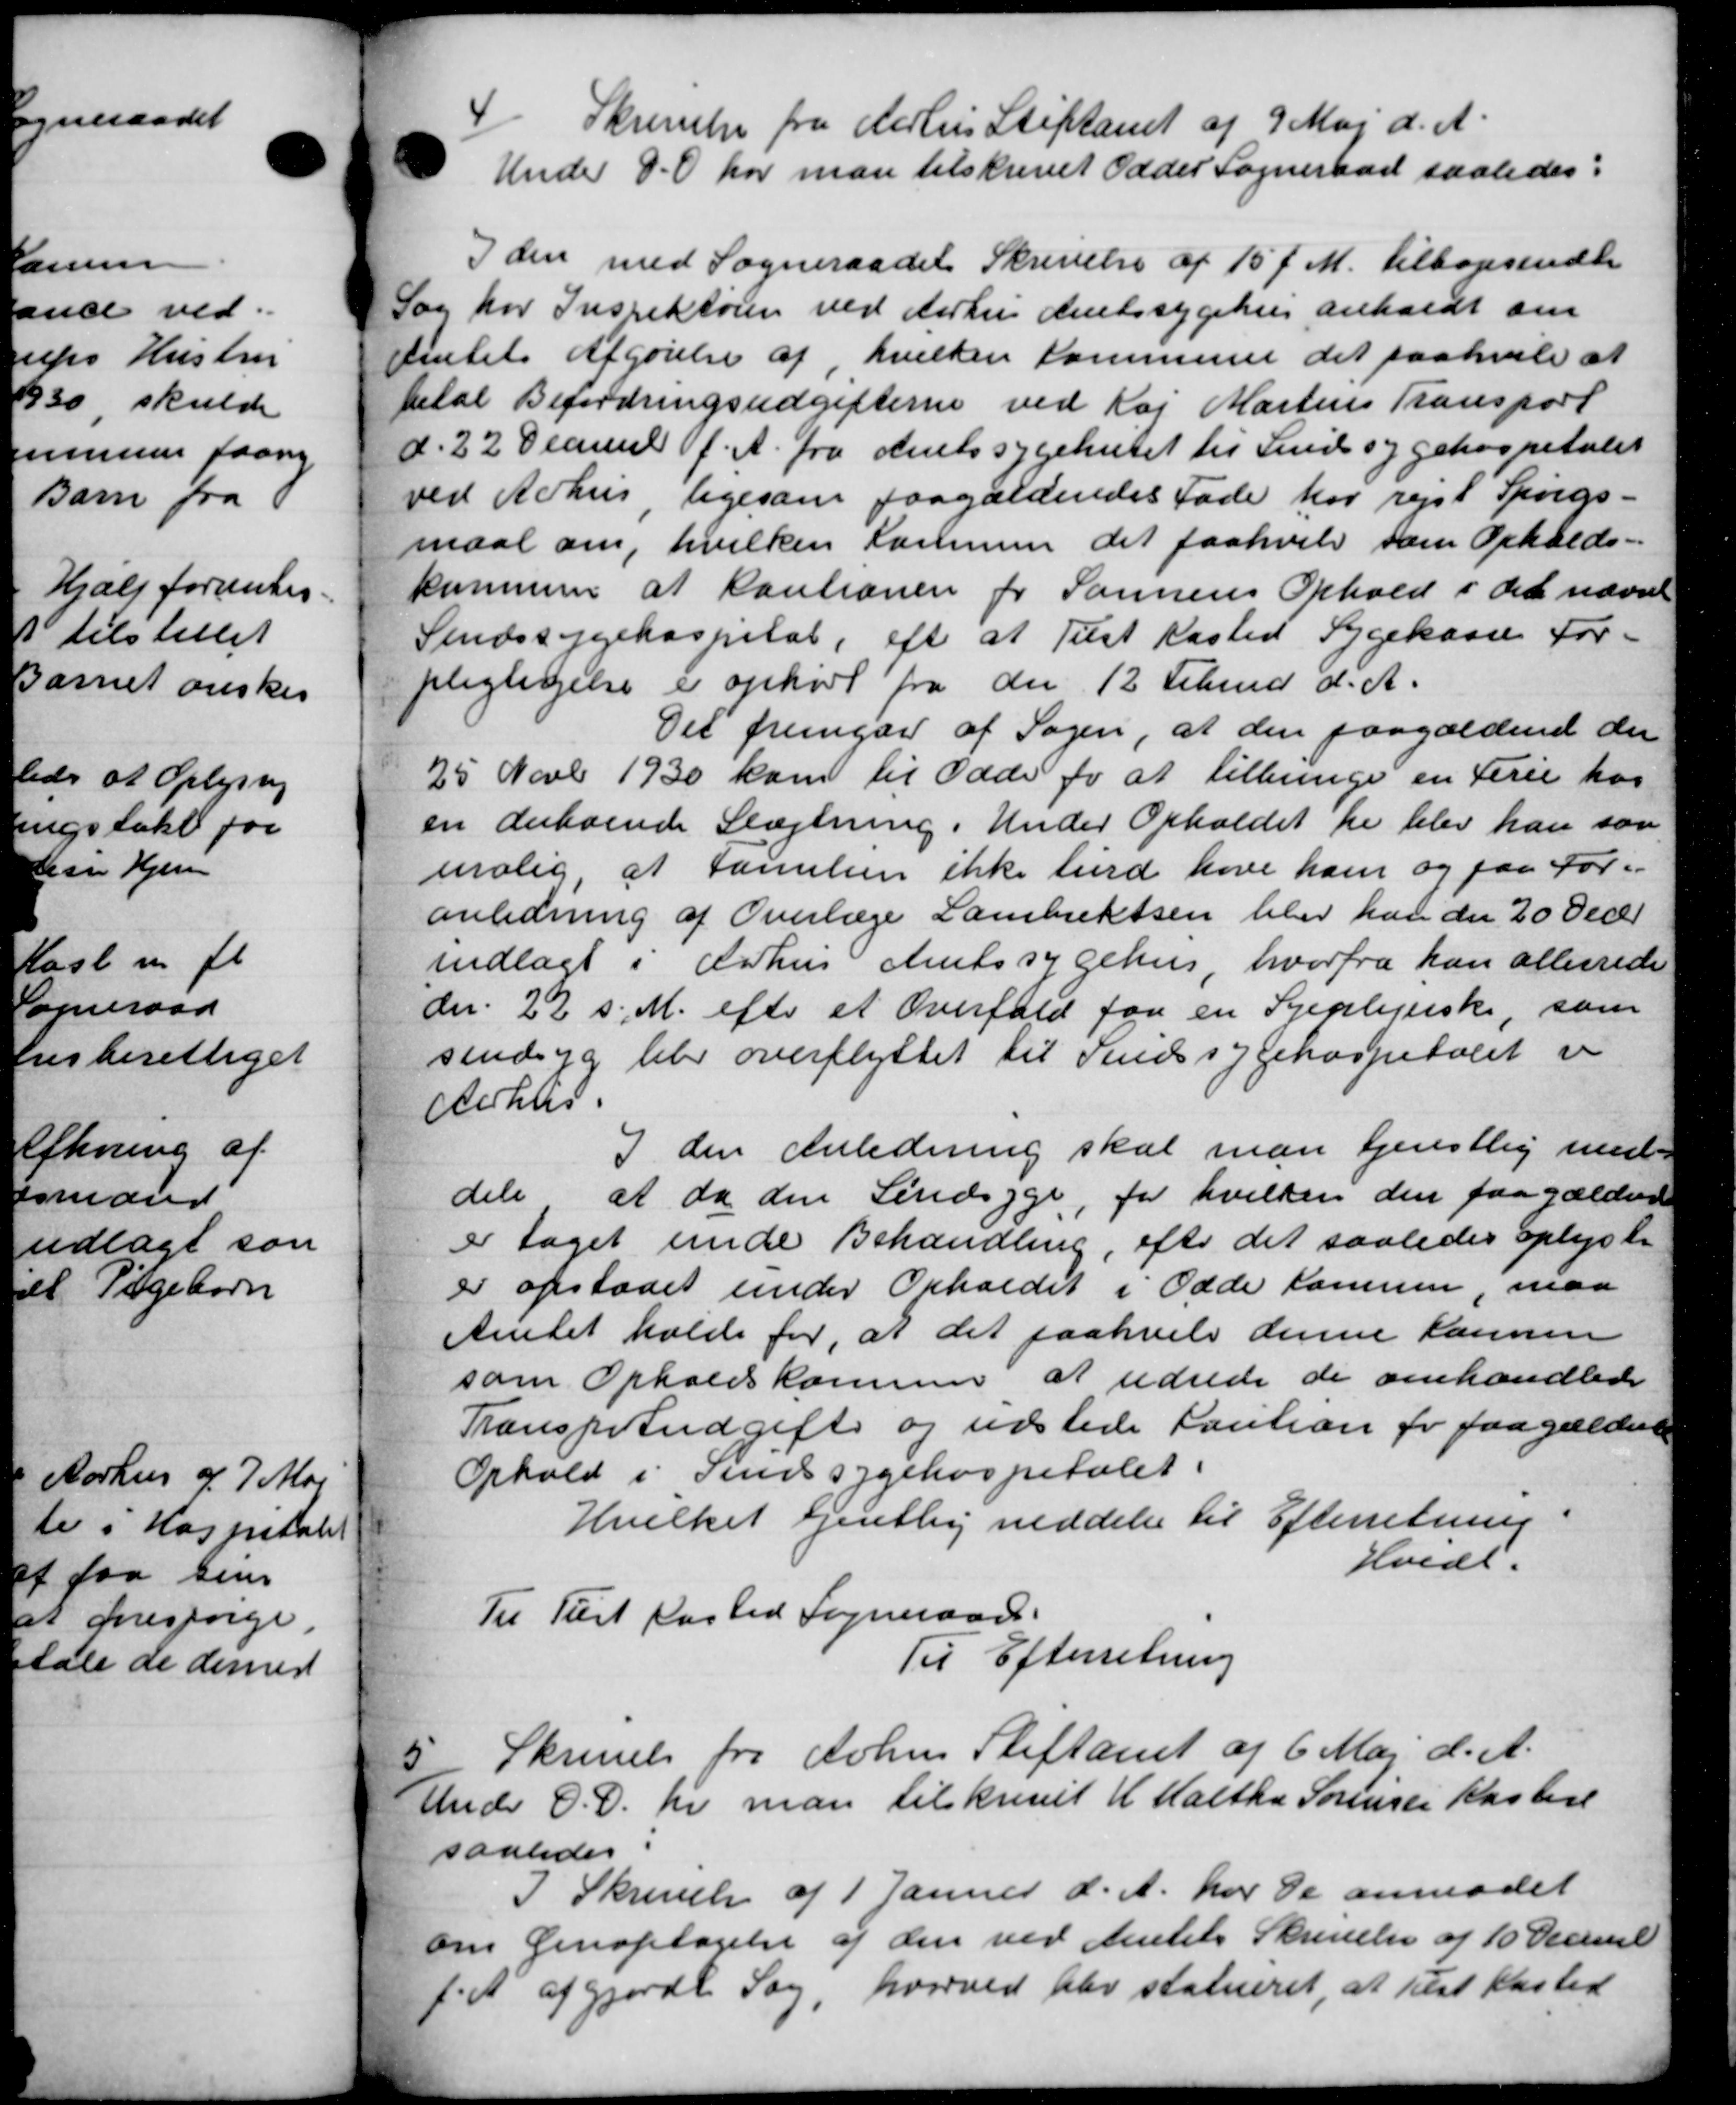
Transskription:
4
Skrivelse fra Aarhus Stiftamt af 9 Maj d. A.
Under D.O. har man tilskrevet Odder Sogneraad saaledes:
I den med Sogneraadet Skrivelse af 15´ f. M. tilbagesende
Sag for Inspektøren ved Aarhus Amtssygehus anholdt om
Amtets Afgørelse af hvilken Kommune det paahvile at
betal Befordringsudgifterne ved Kaj Martins Transport
d. 22 Decmb f. A. fra Amtssygehuset til Sindssygehospitalet
ved Århus ligesom paagældendes Fade har rejst Spørgs-
maal om, hvilken Kommen det paahvile som Opholds-
kommen at kautionen for Sønnens Ophold i det nævnt
Sindssygehospital, eft at Tilst Kasted Sygekasse For-
pligtigelse er ophørt fra den 12 Februar d. A.
Det fremgaa af Sagen, at den paagældende der
25 Novb 1930 kom til Odde for at tilbrige en Ferie hos
en derboende Slægtning i Under Opholdet hr blev han sam
molig, at familien ikke burd have ham og paa For-
anledning af Overlæge Laubrektsen blev han den 20 Decer
indlagt i Århus Amtssygehus hvorfra han allerede
der 22 s. M. efter et Overfald for en Syeplejerske, som
sindsgg blev overflyttet til Sindssygehospitalet er
Aahles
I den Anledning skal man tjenstlig med-
dele at da den Lindsyge, for hvilken den paagældende
er taget unde Behandling, efter det saaledes oplyste
er opstaaet under Opholdet i Odde kommen, maa
Amtet holde for, at det paahvele denne Kannen
som Opholdskommen at udrede de omhandlede
Transpetudgift og udstede Kaution for paagældende
Ophold i Sindssygehospitalet.
Hvilket Gjentlig meddeler til Efterretning
Hvidt.
Til Tust Kasted Sogneraad
Til Efterretning
5.
Skrivelse fra Arhus Stiftamt af 6 Maj d. A.
Ander O.D. pr man tilskrevet H. Halthe Sørensen Kastere
saaledes
I Skrivelse af 1 Januar d. A. har de anmodet
om Genoptagelse af den ved Amtets Skrivelse af 10 Decemb
d.A afgjorde Sag, hvorved blev statueret, at tilst Kasted